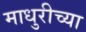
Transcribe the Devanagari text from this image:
माधुरीच्या